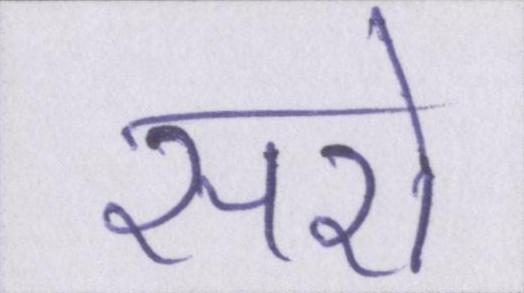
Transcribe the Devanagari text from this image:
सरो